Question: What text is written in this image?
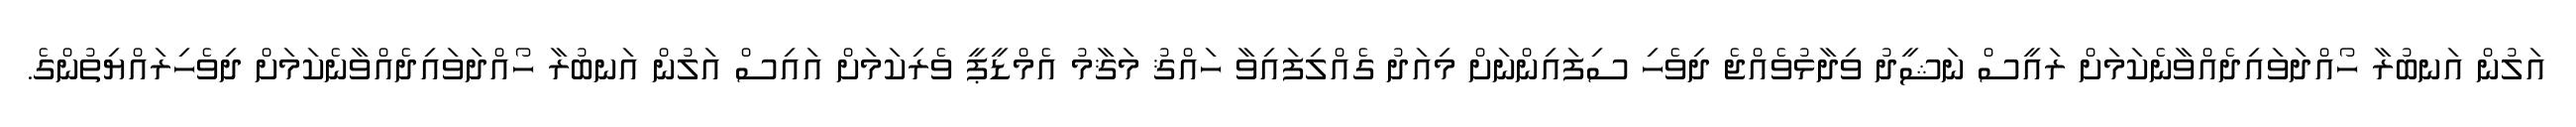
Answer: އަލުން އަނބުރާ ހޯއްދަވައިދެއްވާނެކަމަށް ރައީސް ނަޝީދު ވިދާޅުވެއްޖެ ދިވެހި ސިފައިންނަށް މިއަދު ގެއްލިފައިވާ ހައްޤު މަޤާމު އެމްޑީޕީ ވެރިކަމަށް އައިސް އަލުން އަނބުރާ ހޯއްދަވައިދެއްވާނެކަމަށް ދިވެހިރައްޔިތުންގެ.